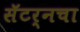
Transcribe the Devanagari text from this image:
सॅटर्नचा